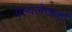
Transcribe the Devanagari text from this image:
गल्पलेखकों